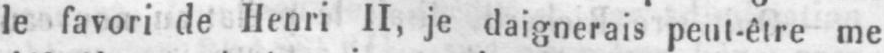
le favori de Henri II, je daignerais peut-être me